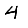
Digit: 4